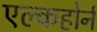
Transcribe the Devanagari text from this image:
एल्कहोर्न